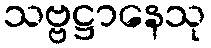
သဗ္ဗဋ္ဌာနေသု